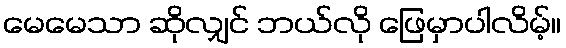
မေမေသာ ဆိုလျှင် ဘယ်လို ဖြေမှာပါလိမ့်။